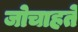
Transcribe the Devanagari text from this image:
जोचाहते